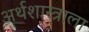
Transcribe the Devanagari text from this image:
अर्थशास्त्राला